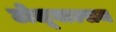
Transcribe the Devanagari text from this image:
टोलूबाल्सम